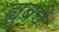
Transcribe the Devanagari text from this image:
ह्युबचे